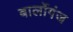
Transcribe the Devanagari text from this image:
बार्लोगंज